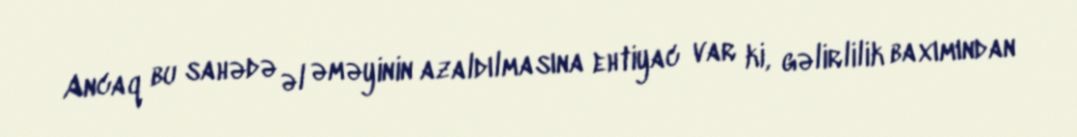
Ancaq bu sahədə əl əməyinin azaldılmasına ehtiyac var ki, gəlirlilik baxımından